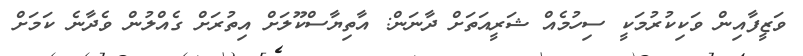
ވަޒީފާއިން ވަކިކުރުމަކީ ސިހުމެއް ޝަރީއަތަށް ދާނަން: އާތިޔާސްކޫލަށް އިތުރަށް ގެއްލުން ވެދާނެ ކަމަށް